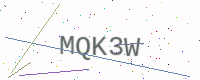
Text: MQK3W